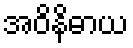
အဝိနိဓာယ